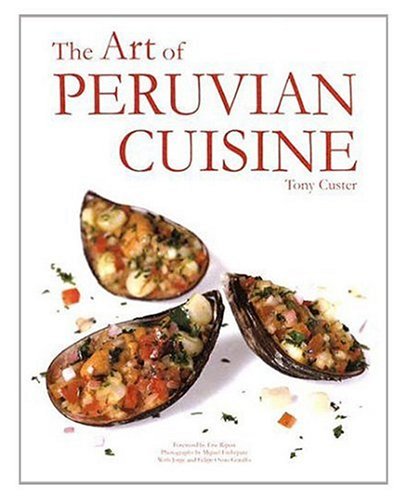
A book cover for The Art of Peruvian Cuisine, Vol. I; Tony Custer; Cookbooks, Food & Wine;